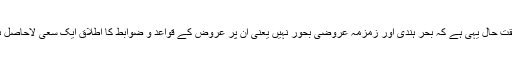
حقیقتِ حال یہی ہے کہ بحرِ ہندی اور زمزمہ عروضی بحور نہیں یعنی ان پر عروض کے قواعد و ضوابط کا اطلاق ایک سعیِ لاحاصل ہے۔